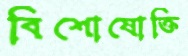
বিশোষোক্তি